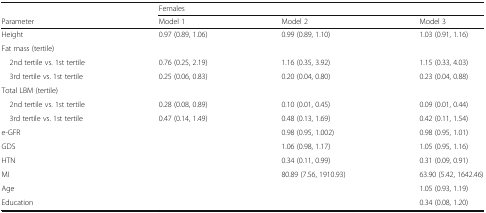
<table><thead><tr><td></td><td colspan="3"><b>Females</b></td></tr><tr><td><b>Parameter</b></td><td><b>Model 1</b></td><td><b>Model 2</b></td><td><b>Model 3</b></td></tr></thead><tbody><tr><td>Height</td><td>0.97 (0.89, 1.06)</td><td>0.99 (0.89, 1.10)</td><td>1.03 (0.91, 1.16)</td></tr><tr><td colspan="4">Fat mass (tertile)</td></tr><tr><td> 2nd tertile vs. 1st tertile</td><td>0.76 (0.25, 2.19)</td><td>1.16 (0.35, 3.92)</td><td>1.15 (0.33, 4.03)</td></tr><tr><td> 3rd tertile vs. 1st tertile</td><td>0.25 (0.06, 0.83)</td><td>0.20 (0.04, 0.80)</td><td>0.23 (0.04, 0.88)</td></tr><tr><td colspan="4">Total LBM (tertile)</td></tr><tr><td> 2nd tertile vs. 1st tertile</td><td>0.28 (0.08, 0.89)</td><td>0.10 (0.01, 0.45)</td><td>0.09 (0.01, 0.44)</td></tr><tr><td> 3rd tertile vs. 1st tertile</td><td>0.47 (0.14, 1.49)</td><td>0.48 (0.13, 1.69)</td><td>0.42 (0.11, 1.54)</td></tr><tr><td>e-GFR</td><td></td><td>0.98 (0.95, 1.002)</td><td>0.98 (0.95, 1.01)</td></tr><tr><td>GDS</td><td></td><td>1.06 (0.98, 1.17)</td><td>1.05 (0.95, 1.16)</td></tr><tr><td>HTN</td><td></td><td>0.34 (0.11, 0.99)</td><td>0.31 (0.09, 0.91)</td></tr><tr><td>MI</td><td></td><td>80.89 (7.56, 1910.93)</td><td>63.90 (5.42, 1642.46)</td></tr><tr><td>Age</td><td></td><td></td><td>1.05 (0.93, 1.19)</td></tr><tr><td>Education</td><td></td><td></td><td>0.34 (0.08, 1.20)</td></tr></tbody></table>